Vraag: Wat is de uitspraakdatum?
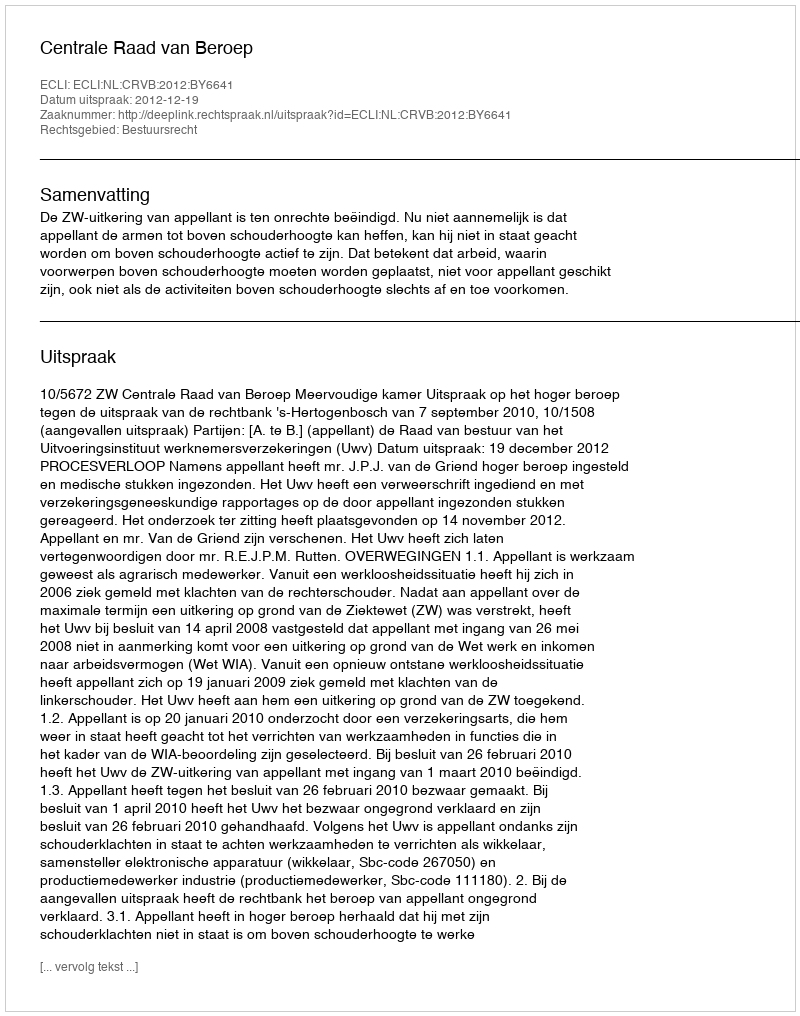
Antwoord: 2012-12-19